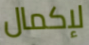
لإكمال